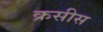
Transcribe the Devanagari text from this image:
क्रसीस